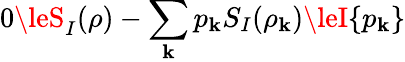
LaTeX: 0\leS_{I}(\rho)-\sum_{\mathbf{k}}p_{\mathbf{k}}S_{I}(\rho_{\mathbf{k}})\leI\{ p_{\mathbf{k}}\}